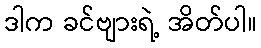
ဒါက ခင်ဗျားရဲ့ အိတ်ပါ။